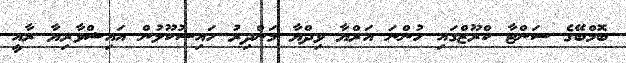
ބޮމްބޭގެ ސަންޓާ ކްރޫޒްގައި ހުންނަ އަރްޔާ ވިދްޔާ މަންދިރު ހައިސުކޫލުން އައިޝްވާރިޔާ ރާއީ